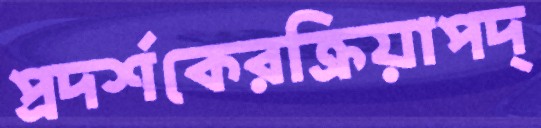
প্রদর্শকেরক্রিয়াপদ্